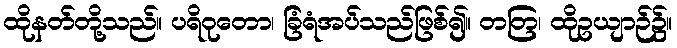
ထိုနတ်တို့သည်။ ပရိဝုတော၊ ခြံရံအပ်သည်ဖြစ်၍။ တတြ၊ ထိုဥယျာဉ်၌။